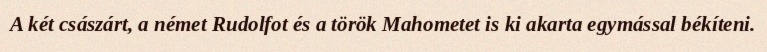
A két császárt, a német Rudolfot és a török Mahometet is ki akarta egymással békíteni.